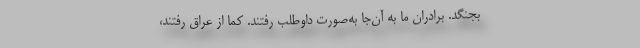
بجنگد. برادران ما به آن‌جا به‌صورت داوطلب رفتند. کما از عراق رفتند،